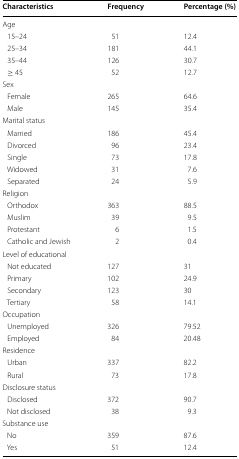
<table><thead><tr><td><b>Characteristics</b></td><td><b>Frequency</b></td><td><b>Percentage (%)</b></td></tr></thead><tbody><tr><td colspan="3">Age</td></tr><tr><td> 15–24</td><td>51</td><td>12.4</td></tr><tr><td> 25–34</td><td>181</td><td>44.1</td></tr><tr><td> 35–44</td><td>126</td><td>30.7</td></tr><tr><td> ≥ 45</td><td>52</td><td>12.7</td></tr><tr><td colspan="3">Sex</td></tr><tr><td> Female</td><td>265</td><td>64.6</td></tr><tr><td> Male</td><td>145</td><td>35.4</td></tr><tr><td colspan="3">Marital status</td></tr><tr><td> Married</td><td>186</td><td>45.4</td></tr><tr><td> Divorced</td><td>96</td><td>23.4</td></tr><tr><td> Single</td><td>73</td><td>17.8</td></tr><tr><td> Widowed</td><td>31</td><td>7.6</td></tr><tr><td> Separated</td><td>24</td><td>5.9</td></tr><tr><td colspan="3">Religion</td></tr><tr><td> Orthodox</td><td>363</td><td>88.5</td></tr><tr><td> Muslim</td><td>39</td><td>9.5</td></tr><tr><td> Protestant</td><td>6</td><td>1.5</td></tr><tr><td> Catholic and Jewish</td><td>2</td><td>0.4</td></tr><tr><td colspan="3">Level of educational</td></tr><tr><td> Not educated</td><td>127</td><td>31</td></tr><tr><td> Primary</td><td>102</td><td>24.9</td></tr><tr><td> Secondary</td><td>123</td><td>30</td></tr><tr><td> Tertiary</td><td>58</td><td>14.1</td></tr><tr><td colspan="3">Occupation</td></tr><tr><td> Unemployed</td><td>326</td><td>79.52</td></tr><tr><td> Employed</td><td>84</td><td>20.48</td></tr><tr><td colspan="3">Residence</td></tr><tr><td> Urban</td><td>337</td><td>82.2</td></tr><tr><td> Rural</td><td>73</td><td>17.8</td></tr><tr><td colspan="3">Disclosure status</td></tr><tr><td> Disclosed</td><td>372</td><td>90.7</td></tr><tr><td> Not disclosed</td><td>38</td><td>9.3</td></tr><tr><td colspan="3">Substance use</td></tr><tr><td> No</td><td>359</td><td>87.6</td></tr><tr><td> Yes</td><td>51</td><td>12.4</td></tr></tbody></table>